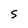
Character: S